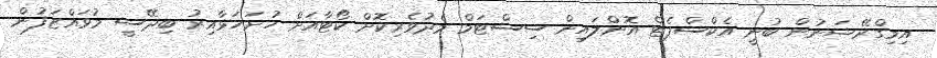
އިމިގްރޭޝަނުން ބުނީ އެކްސްޕެޓް އޮންލައިން ސިސްޓަމް މެދުވެރިކޮށް ކޯޓާއަށް ހުށަހަޅާއިރު ބިދޭސީ މުވައްޒަފުން